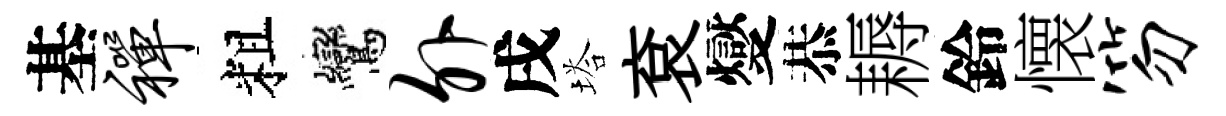
基禅粗鸞外戌塔袞燮恭耨鈴懐笏